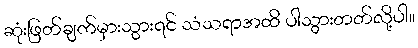
ဆုံးဖြတ်ချက်မှားသွားရင် သံသရာအထိ ပါသွားတတ်လို့ပါ။